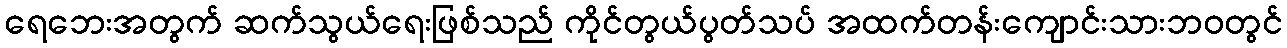
ရေဘေးအတွက် ဆက်သွယ်ရေးဖြစ်သည် ကိုင်တွယ်ပွတ်သပ် အထက်တန်းကျောင်းသားဘဝတွင်